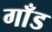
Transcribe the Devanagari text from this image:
गाँड